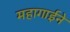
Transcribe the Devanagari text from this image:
महागाईने